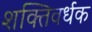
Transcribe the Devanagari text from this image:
शक्‍तिवर्धक